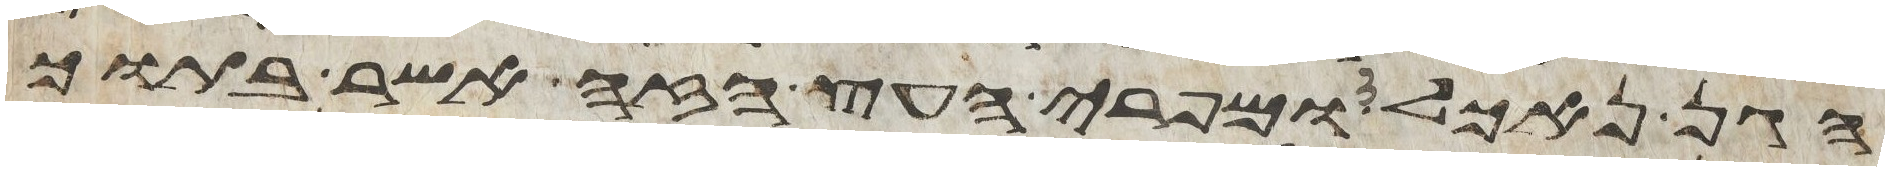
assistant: הגן נאכל ומפרי העץ הזה אשר בתוך